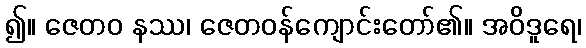
၍။ ဇေတဝ နဿ၊ ဇေတဝန်ကျောင်းတော်၏။ အဝိဒူရေ၊